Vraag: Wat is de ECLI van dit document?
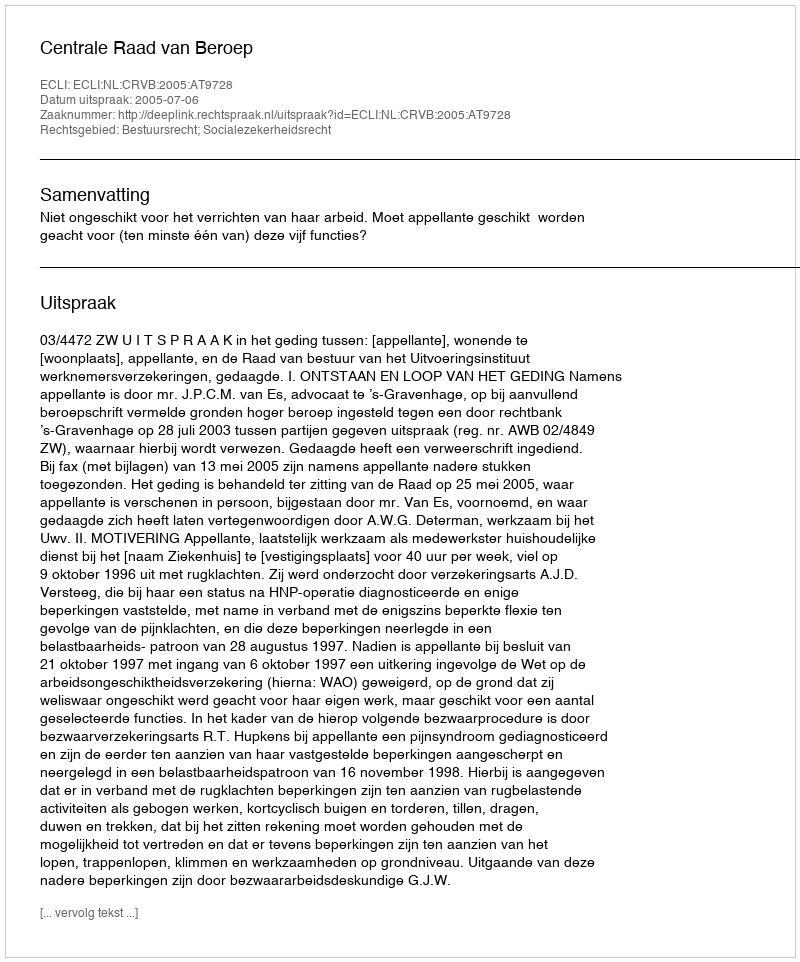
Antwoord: ECLI:NL:CRVB:2005:AT9728